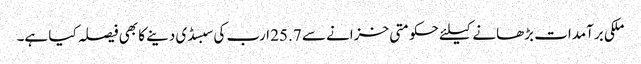
ملکی برآمدات بڑھانے کیلئے حکومتی خزانے سے 25.7 ارب کی سبسڈی دینے کا بھی فیصلہ کیا ہے۔